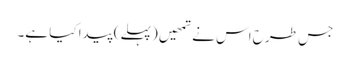
جس طرح اس نے تمھیں (پہلے) پیدا کیا ہے۔